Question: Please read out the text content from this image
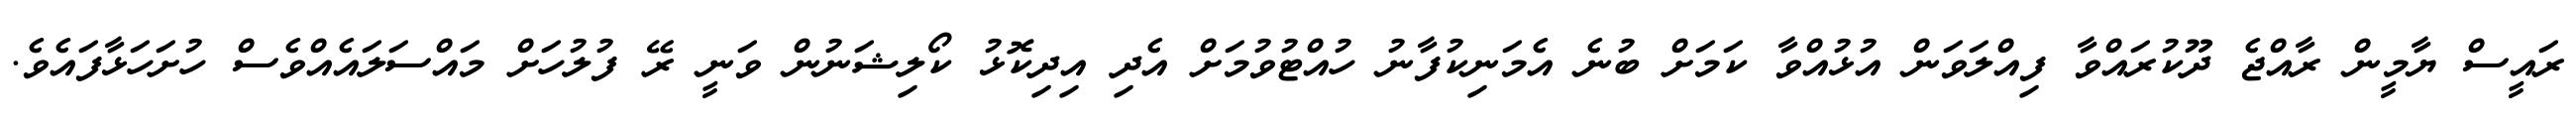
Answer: ރައީސް ޔާމީން ރާއްޖެ ދޫކުރައްވާ ފިއްލަވަން އުޅުއްވާ ކަމަށް ބުނެ އެމަނިކުފާނު ހުއްޓުވުމަށް އެދި އިދިކޮޅު ކޯލިޝަނުން ވަނީ ރޭ ފުލުހަށް މައްސަލައެއްވެސް ހުށަހަޅާފައެވެ.